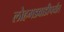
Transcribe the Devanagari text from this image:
लोहगडवाडीपर्यंत